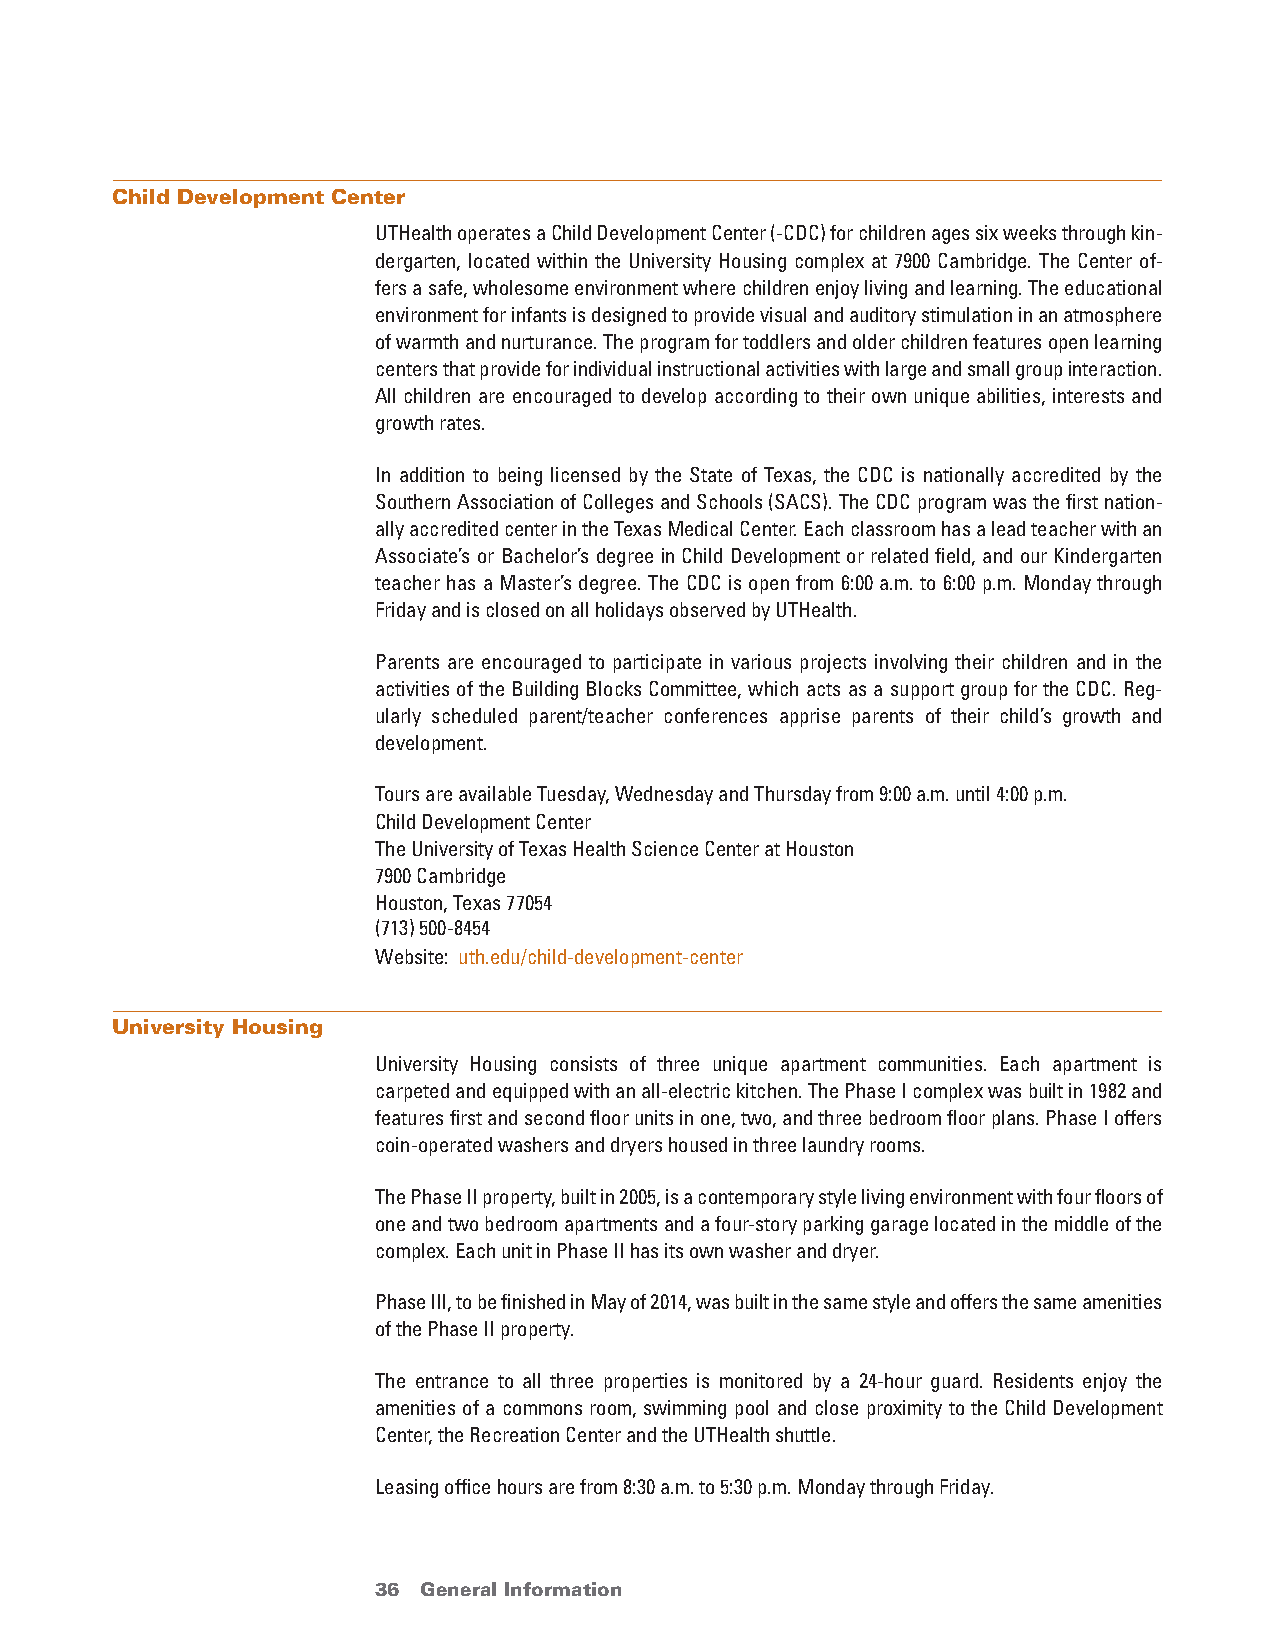
Child Development Center
 UTHealth operates a Child Development Center (-CDC) for children ages six weeks through kin-
 dergarten, located within the University Housing complex at 7900 Cambridge. The Center of-
 fers a safe, wholesome environment where children enjoy living and learning. The educational
 environment for infants is designed to provide visual and auditory stimulation in an atmosphere
 of warmth and nurturance. The program for toddlers and older children features open learning
 centers that provide for individual instructional activities with large and small group interaction.
 All children are encouraged to develop according to their own unique abilities, interests and
 growth rates.
 In addition to being licensed by the State of Texas, the CDC is nationally accredited by the
 Southern Association of Colleges and Schools (SACS). The CDC program was the first nation-
 ally accredited center in the Texas Medical Center. Each classroom has a lead teacher with an
 Associate’s or Bachelor’s degree in Child Development or related field, and our Kindergarten
 teacher has a Master’s degree. The CDC is open from 6:00 a.m. to 6:00 p.m. Monday through
 Friday and is closed on all holidays observed by UTHealth.
 Parents are encouraged to participate in various projects involving their children and in the
 activities of the Building Blocks Committee, which acts as a support group for the CDC. Reg-
 ularly scheduled parent/teacher conferences apprise parents of their child’s growth and
 development.
 Tours are available Tuesday, Wednesday and Thursday from 9:00 a.m. until 4:00 p.m.
 Child Development Center
 The University of Texas Health Science Center at Houston
 7900 Cambridge
 Houston, Texas 77054
 (713) 500-8454
 Website: uth.edu/child-development-center
 University Housing
 University Housing consists of three unique apartment communities. Each apartment is
 carpeted and equipped with an all-electric kitchen. The Phase I complex was built in 1982 and
 features first and second floor units in one, two, and three bedroom floor plans. Phase I offers
 coin-operated washers and dryers housed in three laundry rooms.
 The Phase II property, built in 2005, is a contemporary style living environment with four floors of
 one and two bedroom apartments and a four-story parking garage located in the middle of the
 complex. Each unit in Phase II has its own washer and dryer.
 Phase III, to be finished in May of 2014, was built in the same style and offers the same amenities
 of the Phase II property.
 The entrance to all three properties is monitored by a 24-hour guard. Residents enjoy the
 amenities of a commons room, swimming pool and close proximity to the Child Development
 Center, the Recreation Center and the UTHealth shuttle.
 Leasing office hours are from 8:30 a.m. to 5:30 p.m. Monday through Friday.
 36 General Information                 return to Table of Contents